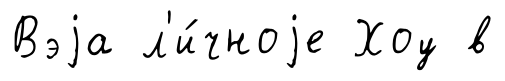
Вэjа л'и́чноjе Хоу в